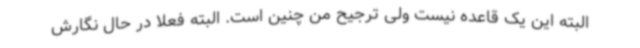
البته این یک قاعده نیست ولی ترجیح من چنین است. البته فعلا در حال نگارش